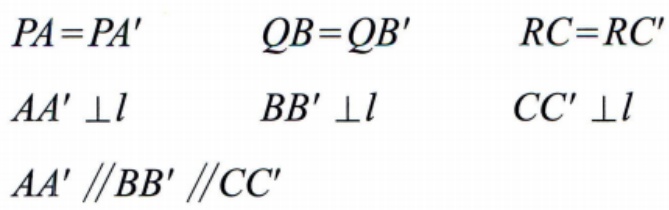
\[

\begin{align*}

PA&=PA' &QB&=QB' &RC&=RC'\\

AA'&\perp l &BB'&\perp l &CC'&\perp l\\

AA'&\parallel BB'&\parallel CC'

\end{align*}

\]